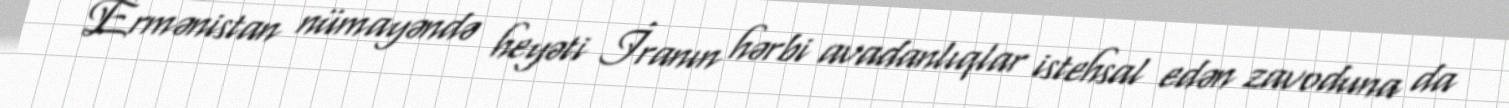
Ermənistan nümayəndə heyəti İranın hərbi avadanlıqlar istehsal edən zavoduna da